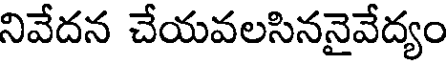
నివేదన చేయవలసిననైవేద్యం